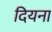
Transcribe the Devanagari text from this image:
दियना